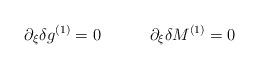
LaTeX: \begin{align*}\partial_\xi \delta g^{(1)} = 0 \qquad \quad \partial_\xi \delta M^{(1)} =0\end{align*}